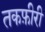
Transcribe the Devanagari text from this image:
तकफ़ीरी